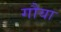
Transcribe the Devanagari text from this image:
गौया